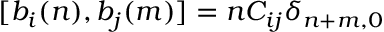
[ b _ { i } ( n ) , b _ { j } ( m ) ] = n C _ { i j } \delta _ { n + m , 0 }